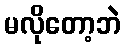
မလိုတော့ဘဲ